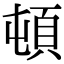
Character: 頓